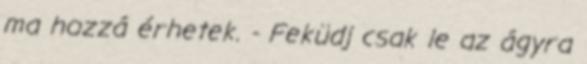
ma hozzá érhetek. - Feküdj csak le az ágyra